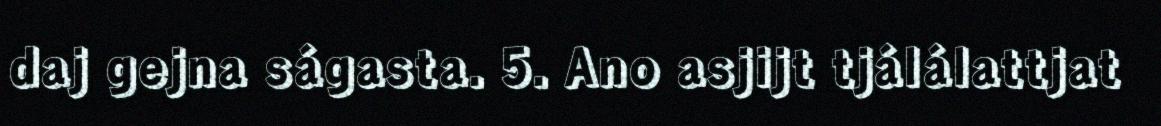
daj gejna ságasta. 5. Ano asjijt tjálálattjat